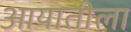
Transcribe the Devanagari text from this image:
आयातीला